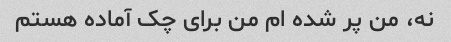
نه، من پر شده ام من برای چک آماده هستم